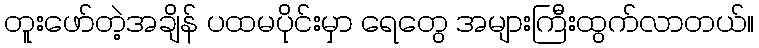
တူးဖော်တဲ့အချိန် ပထမပိုင်းမှာ ရေတွေ အများကြီးထွက်လာတယ်။